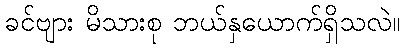
ခင်ဗျား မိသားစု ဘယ်နှယောက်ရှိသလဲ။